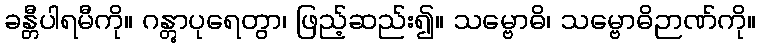
ခန္တီပါရမီကို။ ဂန္တွာပုရေတွာ၊ ဖြည့်ဆည်း၍။ သမ္ဗောဓိ၊ သမ္ဗောဓိဉာဏ်ကို။